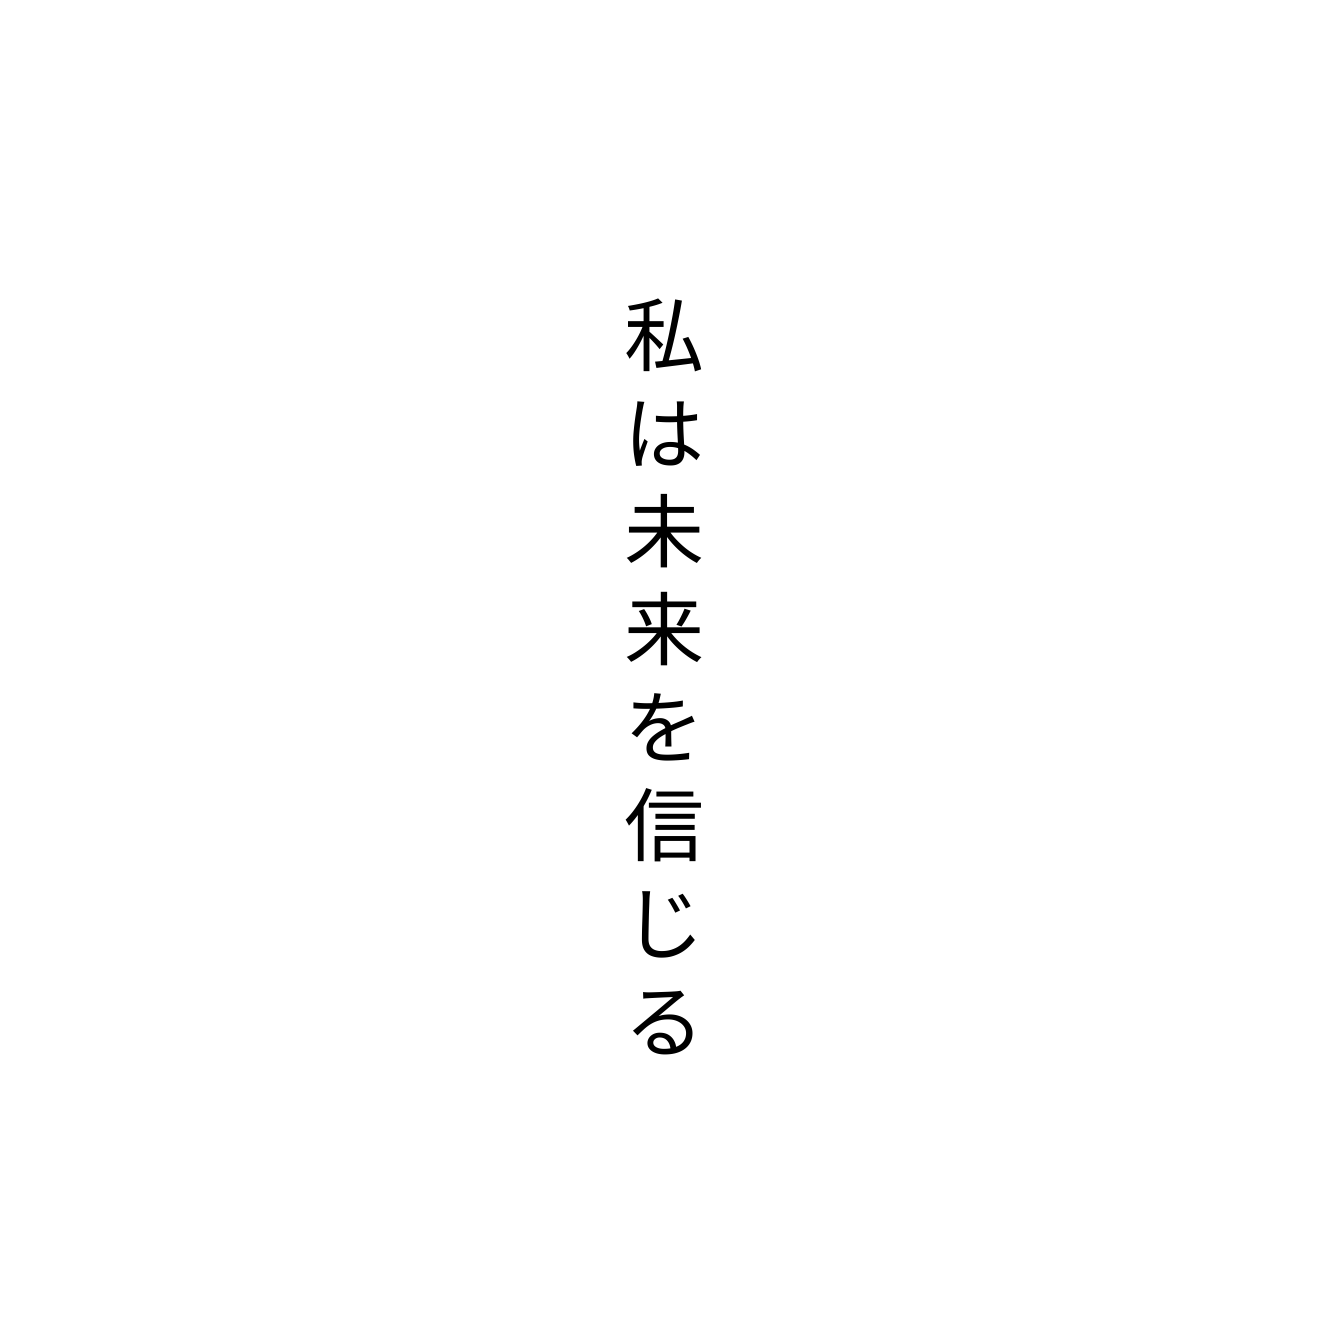
私は未来を信じる